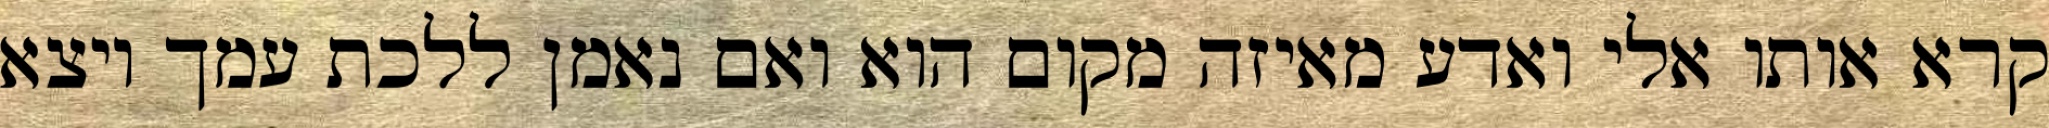
קרא אותו אלי ואדע מאיזה מקום הוא ואם נאמן ללכת עמך ויצא